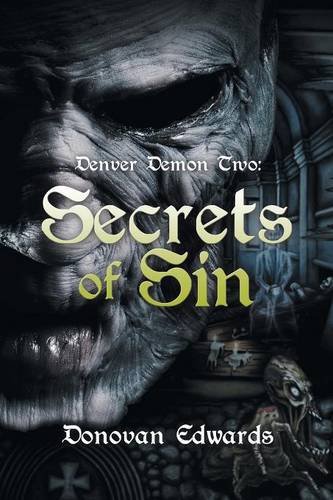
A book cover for Denver Demon Two: Secrets of Sin; Donovan Edwards; Romance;